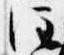
注